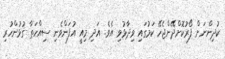
ކުދިންނަށް ފޯރުކޮށްދޭންޖެހޭ ކަމުގައި ވިދާޅުވި އެވެ. އަދި މިއީ އުފަންވެނި ސިއްހަތާ ގުޅުންހުރި